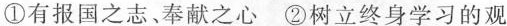
①有报国之志奉献之心②树立终身学习的观